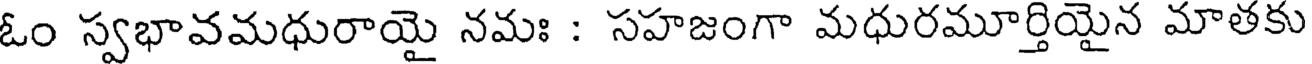
ఓం స్వభావమధురాయై నమః : సహజంగా మధురమూర్తియైన మాతకు